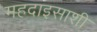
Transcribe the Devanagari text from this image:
महदाइसाशी